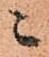
ニ